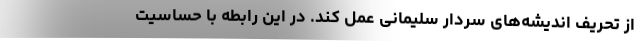
از تحریف اندیشه‌های سردار سلیمانی عمل کند. در این رابطه با حساسیت